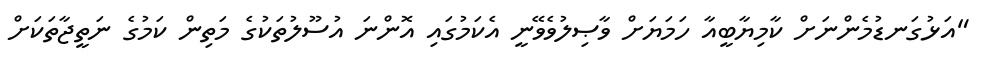
"އަޅުގަނޑުމެންނަށް ކާމިޔާބީއާ ހަމަޔަށް ވާޞިލުވެވޭނީ އެކަމުގައި އޮންނަ އުސޫލުތަކުގެ މަތިން ކަމުގެ ނަތީޖާތަކަށް